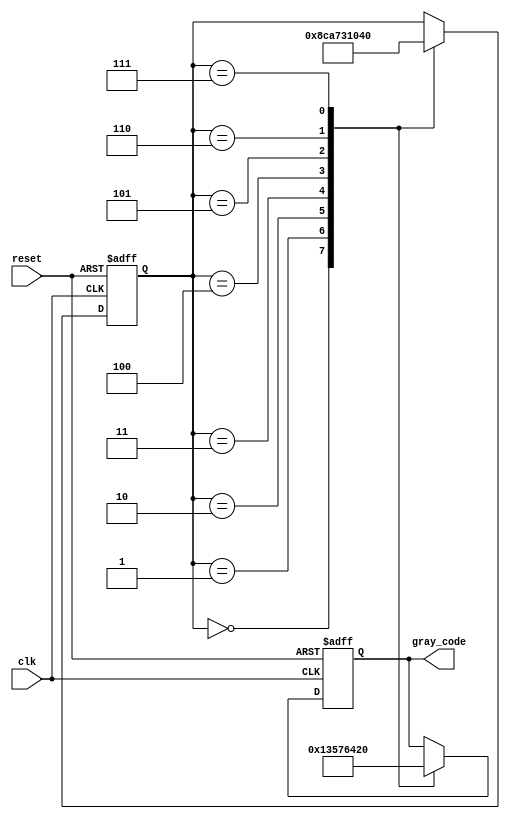
module johnson_gray_counter (
    input wire clk, // Clock input
    input wire reset, // Reset input
    output reg [3:0] gray_code // Gray code output
);

reg [4:0] state; // State variable for the counter

always @(posedge clk or posedge reset) begin
    if (reset) begin
        state <= 0;
        gray_code <= 4'b0000;
    end else begin
        case (state)
            0: begin
                state <= 1;
                gray_code <= 4'b0001;
            end
            1: begin
                state <= 3;
                gray_code <= 4'b0011;
            end
            2: begin
                state <= 5;
                gray_code <= 4'b0101;
            end
            3: begin
                state <= 7;
                gray_code <= 4'b0111;
            end
            4: begin
                state <= 6;
                gray_code <= 4'b0110;
            end
            5: begin
                state <= 4;
                gray_code <= 4'b0100;
            end
            6: begin
                state <= 2;
                gray_code <= 4'b0010;
            end
            7: begin
                state <= 0;
                gray_code <= 4'b0000;
            end
        endcase
    end
end

endmodule